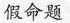
假命题